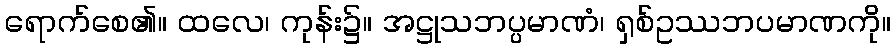
ရောက်စေ၏။ ထလေ၊ ကုန်း၌။ အဋ္ဌုသဘပ္ပမာဏံ၊ ရှစ်ဥဿဘပမာဏကို။